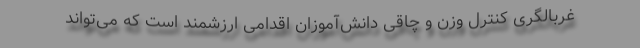
غربالگری کنترل وزن و چاقی دانش‌آموزان اقدامی ارزشمند است که می‌تواند